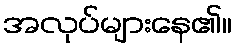
အလုပ်များနေ၏။